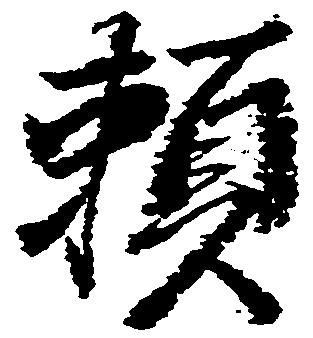
頼